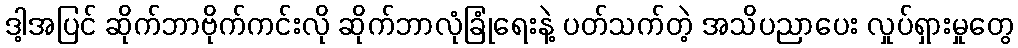
ဒါ့အပြင် ဆိုက်ဘာဗိုက်ကင်းလို ဆိုက်ဘာလုံခြုံရေးနဲ့ ပတ်သက်တဲ့ အသိပညာပေး လှုပ်ရှားမှုတွေ